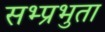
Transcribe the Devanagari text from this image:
सभ्प्रभुता